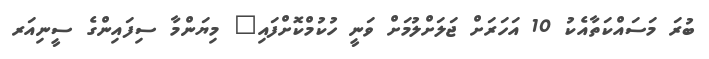
ބުރަ މަސައްކަތާއެކު 10 އަހަރަށް ޖަލަށްލުމަށް ވަނީ ހުކުމްކޮށްފައި" މިޔަންމާ ސިފައިންގެ ސީނިއަރ